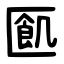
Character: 㔳